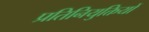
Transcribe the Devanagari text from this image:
प्रतिनियुक्तियों